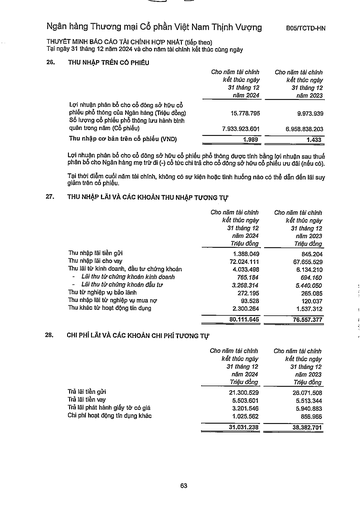
||Cho năm tài chính kết thúc ngày 31 tháng 12 năm 2024|Cho năm tài chính kết thúc ngày 31 tháng 12 năm 2023| |---|---|---| |Lợi nhuận phân bổ cho cổ đông sở hữu cổ phiếu phổ thông của Ngân hàng (Triệu đồng)|15.778.795|9.973.939| |Số lượng cổ phiếu phổ thông ILPU hành bình quân trong năm (Cổ phiếu)|7.933.923.601|6.958.838.203| |Thu nhập cơ bản trên cổ phiếu (VND)|1.989|1.433| ||Cho năm tài chính kết thúc ngày 31 tháng 12 năm 2024 Triệu đồng|Cho năm tài chính kết thúc ngày 31 tháng 12 năm 2023 Triệu đồng| |---|---|---| |Thu nhập lãi tiền gửi|1.388.049|845.204| |Thu nhập lãi cho vay|72.024.111|67.655.529| |Thu lãi từ kinh doanh, đầu tư chứng khoán|4.033.498|6.134.210| |Lãi thu từ chứng khoán kinh doanh|765.184|694.160| |Lãi thu từ chứng khoán đầu tư|3.268.314|5.440.050| |Thu tiếp nghiệp vụ bảo lãnh|272.195|265.085| |Thu nhập lãi từ nghiệp vụ mua nợ|93.528|120.037| |Thu khác từ hoạt động tín dụng|2.300.264|1.537.312| ||80.111.645|76.557.377| ||Cho năm tài chính kết thúc ngày 31 tháng 12 năm 2024 Triệu đồng|Cho năm tài chính kết thúc ngày 31 tháng 12 năm 2023 Triệu đồng| |---|---|---| |Trả lãi tiền gửi|21.300.529|26.071.508| |Trả lãi tiền vay|5.503.601|5.513.344| |Trả lãi phát hành giấy tờ có giá|3.201.546|5.940.883| |Chi phí hoạt động tín dụng khác|1.025.562|856.966| ||31.031.238|38.382.701|